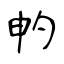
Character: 畃